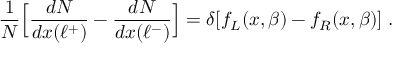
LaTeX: { \frac { 1 } { N } } \Bigl [ { \frac { d N } { d x ( \ell ^ { + } ) } } - { \frac { d N } { d x ( \ell ^ { - } ) } } \Bigr ] = \delta [ f _ { L } ( x , \beta ) - f _ { R } ( x , \beta ) ] \; .